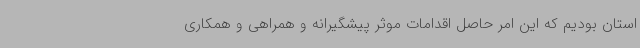
استان بودیم که این امر حاصل اقدامات موثر پیشگیرانه و همراهی و همکاری